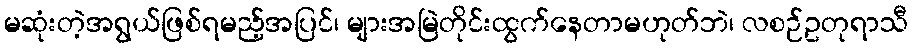
မဆုံးတဲ့အရွယ်ဖြစ်ရမည့်အပြင်၊ များအမြဲတိုင်းထွက်နေတာမဟုတ်ဘဲ၊ လစဉ်ဥတုရာသီ